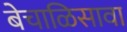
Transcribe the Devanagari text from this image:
बेचाळिसावा